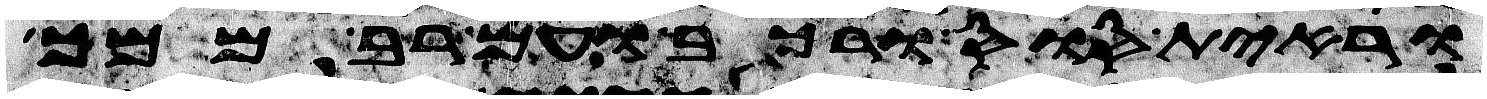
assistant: וראית סוס ורכב ועם רב ממך